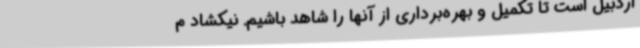
اردبیل است تا تکمیل و بهره‌برداری از آنها را شاهد باشیم. نیکشاد م